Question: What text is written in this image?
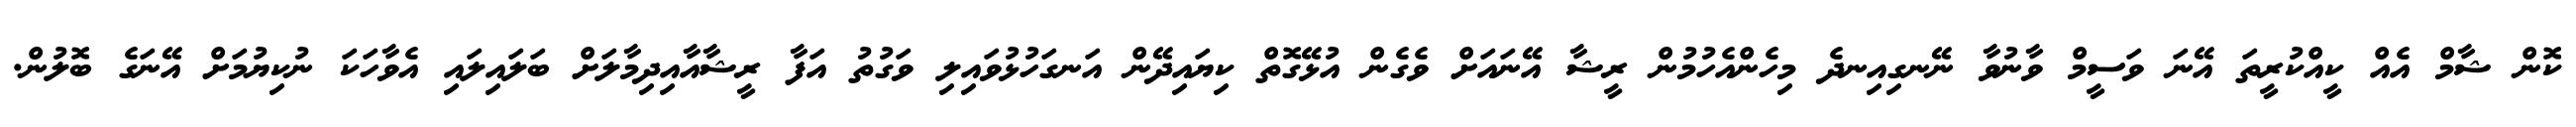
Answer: ކޮން ޝާމް އެއް ކީއްކުރީތަ އޭނަ ވަސީމް ވާނުވާ ނޭނގިއިނދެ މިހެންއެހުމުން ރީޝާ އޭނައަށް ވެގެން އުޅޭގޮތް ކިޔައިދޭން އަނގަހުޅުވައިލި ވަގުތު އަފާ ރީޝާއާއިދިމާލަށް ބަލައިލައި އެވާހަކަ ނުކިޔުމަށް އޭނަގެ ބޮލުން.